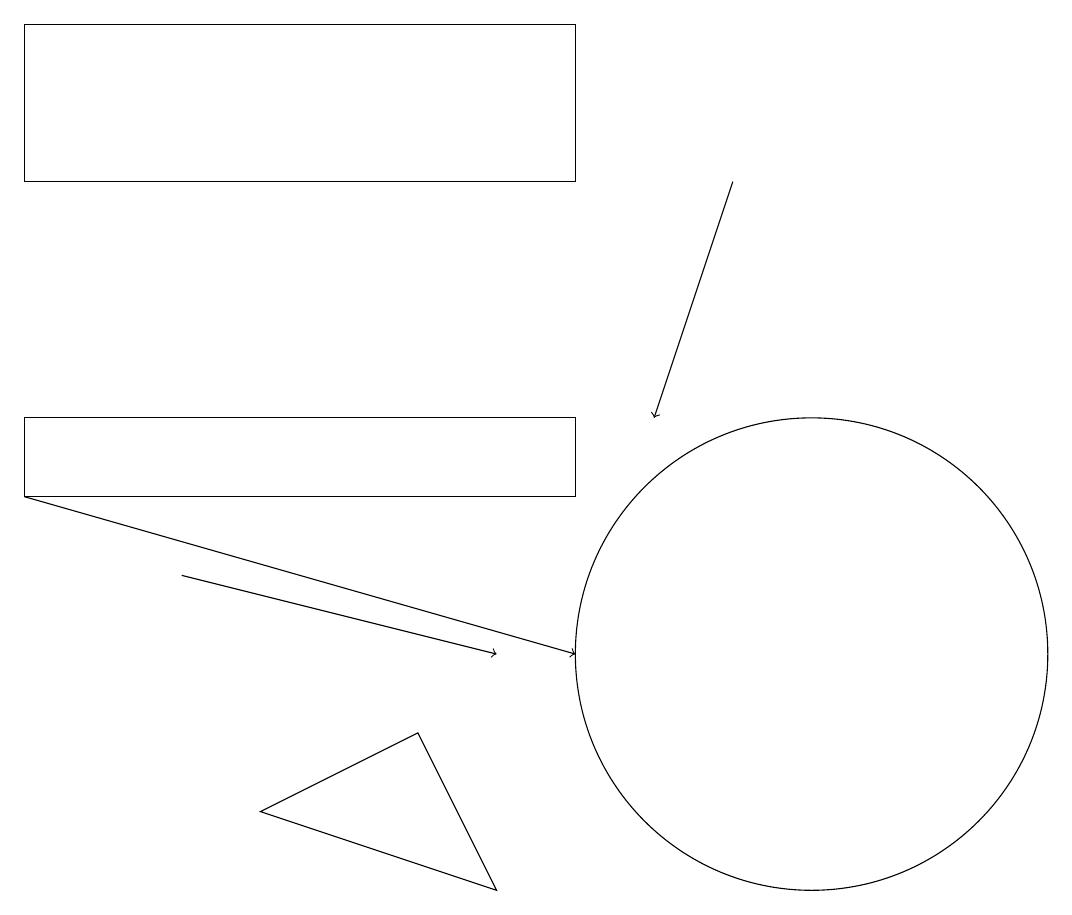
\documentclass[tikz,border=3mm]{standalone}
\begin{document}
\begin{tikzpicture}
\draw (10,10) circle (3);
\draw (0,18) rectangle (7,16);
\draw (6,7) -- (3,8) -- (5,9) -- cycle;
\draw[->] (2,11) -- (6,10);
\draw (7,13) rectangle (0,12);
\draw[->] (0,12) -- (7,10);
\draw[->] (9,16) -- (8,13);
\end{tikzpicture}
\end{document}